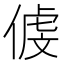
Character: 𠋵